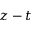
z - t